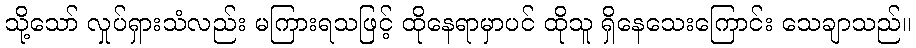
သို့သော် လှုပ်ရှားသံလည်း မကြားရသဖြင့် ထိုနေရာမှာပင် ထိုသူ ရှိနေသေးကြောင်း သေချာသည်။